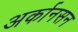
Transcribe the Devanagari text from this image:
अर्कानसन